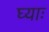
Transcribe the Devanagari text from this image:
घ्‍याः